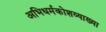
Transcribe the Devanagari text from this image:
अभिधर्मकोशव्याख्या